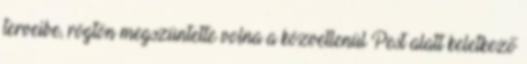
terveibe, rögtön megszüntette volna a közvetlenül Pest alatt keletkező